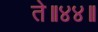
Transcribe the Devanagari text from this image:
ते॥४४॥